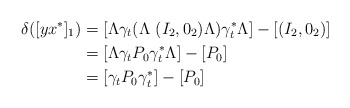
\begin{align*} \delta ([yx^*]_1) & = [\Lambda \gamma_t (\Lambda\ (I_2, 0_2) \Lambda ) \gamma_t^* \Lambda ] - [(I_2, 0_2)] \\ & = [\Lambda \gamma_t P_0 \gamma _t^* \Lambda] - [P_0] \\ & = [\gamma _t P_0 \gamma _t ^*] - [P_0]\end{align*}